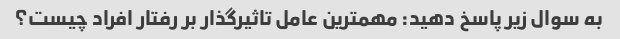
به سوال زیر پاسخ دهید: مهمترین عامل تاثیرگذار بر رفتار افراد چیست؟